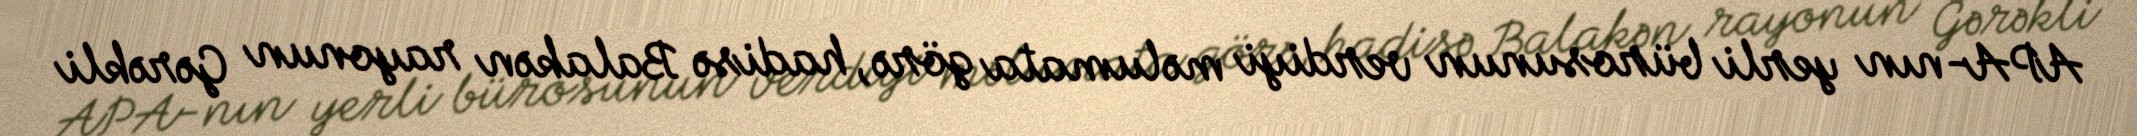
APA-nın yerli bürosunun verdiyi məlumata görə, hadisə Balakən rayonun Gərəkli